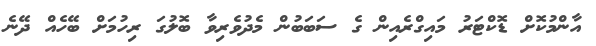
އާންމުކޮށް ޑޮކްޓަރު މައިގްރެއިން ގެ ސަބަބުން މެދުވެރިވާ ބޮލުގަ ރިހުމަށް ބޭހެއް ދޭނެ